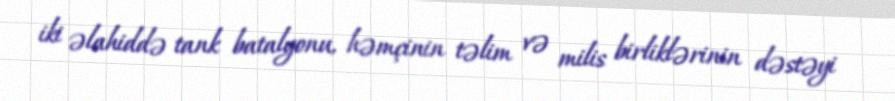
iki əlahiddə tank batalyonu, həmçinin təlim və milis birliklərinin dəstəyi